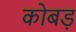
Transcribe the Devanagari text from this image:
कोबड़